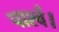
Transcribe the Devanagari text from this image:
पार्श्व।